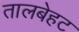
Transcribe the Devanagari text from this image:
तालबेहट